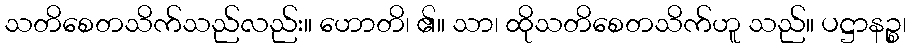
သတိစေတသိက်သည်လည်း။ ဟောတိ၊ ၏။ သာ၊ ထိုသတိစေတသိက်ဟူ သည်။ ပဋ္ဌာနဉ္စ၊